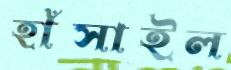
হাঁসাইল